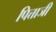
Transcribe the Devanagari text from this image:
पित्ताजी